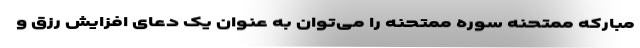
مبارکه ممتحنه سوره ممتحنه را می‌توان به عنوان یک دعای افزایش رزق و